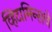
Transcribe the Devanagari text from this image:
व्हिटामिन्‍सचे